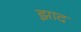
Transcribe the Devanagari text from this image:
झाद